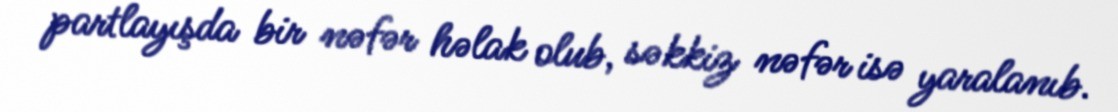
partlayışda bir nəfər həlak olub, səkkiz nəfər isə yaralanıb.